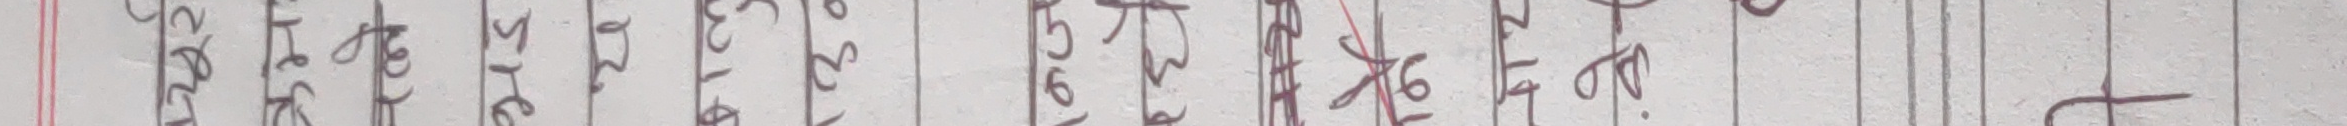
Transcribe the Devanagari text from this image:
मैले चैं गरिसकें।